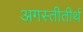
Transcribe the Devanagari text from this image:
अगस्तीतीर्थ